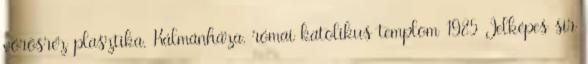
vörösréz plasztika, Kálmánháza, római katolikus templom 1985 Jelképes sír